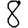
Digit: 8